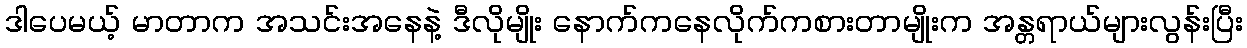
ဒါပေမယ့် မာတာက အသင်းအနေနဲ့ ဒီလိုမျိုး နောက်ကနေလိုက်ကစားတာမျိုးက အန္တရာယ်များလွန်းပြီး